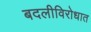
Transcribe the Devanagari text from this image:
बदलीविरोधात